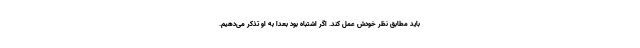
باید مطابق نظر خودش عمل کند. اگر اشتباه بود بعدا به او تذکر می‌دهیم.